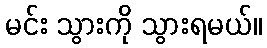
မင်း သွားကို သွားရမယ်။